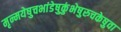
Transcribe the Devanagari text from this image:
मृन्मयेषुचभांडेषुकुंभेषुरुचकेषुवा